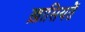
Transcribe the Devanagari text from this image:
ख़ासियतें